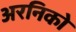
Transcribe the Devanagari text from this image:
अरनिको